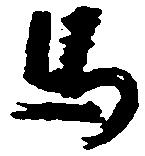
馬